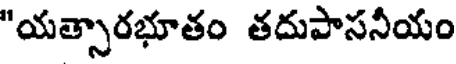
"యత్సారభూతం తదుపాసనీయం